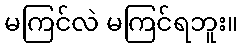
မကြင်လဲ မကြင်ရဘူး။